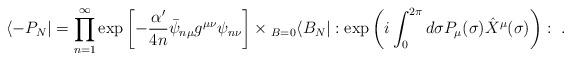
LaTeX: \begin{align*}\left\langle -P_{N} \right| =\prod_{n=1}^{\infty} \exp \left[-\frac{\alpha'}{4n} \bar{\psi}_{n\mu}g^{\mu\nu}\psi_{n\nu} \right] \times {}_{B=0}\!\left\langle B_{N}\right| :\exp\left(i\int_{0}^{2\pi} d\sigma P_{\mu}(\sigma) \hat{X}^{\mu}(\sigma)\right):~.\end{align*}